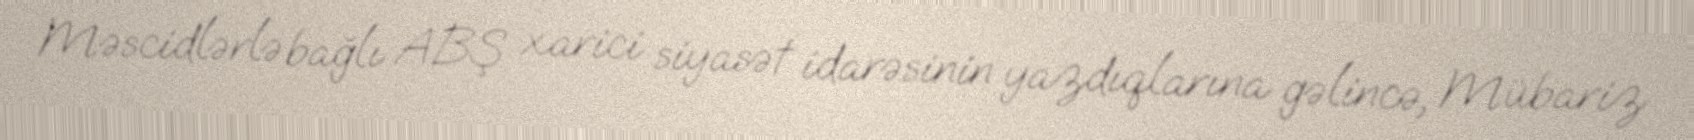
Məscidlərlə bağlı ABŞ xarici siyasət idarəsinin yazdıqlarına gəlincə, Mübariz